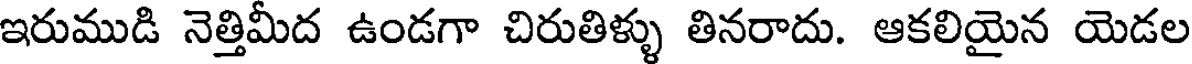
ఇరుముడి నెత్తిమీద ఉండగా చిరుతిళ్ళు తినరాదు. ఆకలియైన యెడల